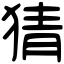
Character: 猜